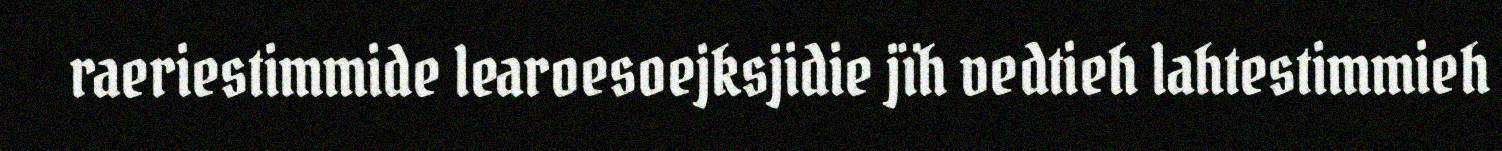
raeriestimmide learoesoejksjidie jïh vedtieh lahtestimmieh